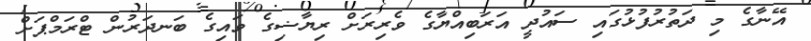
އޭނާގެ މި ދަތުރުފުޅުގައި ސައުދީ އަރަބިއްޔާގެ ވެރިރަށް ރިޔާޟިގެ ވައިގެ ބަނދަރުން ޓްރަމްޕަށް